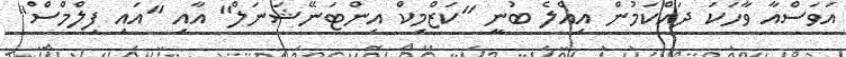
އަވަސްއާ ވާހަކަ ދައްކަމުން އިއްލެ ބުނީ "ކަޒްމިކް އިންޓަނޭޝަނަލް" އާއި "އައި ފިލްމްސް"